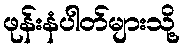
ဖုန်းနံပါတ်များသို့